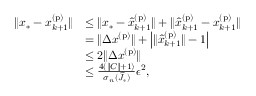
\begin{array} { r l } { \| x _ { * } - x _ { k + 1 } ^ { \mathrm { ( p ) } } \| } & { \leq \| x _ { * } - \widehat { x } _ { k + 1 } ^ { \mathrm { ( p ) } } \| + \| \widehat { x } _ { k + 1 } ^ { \mathrm { ( p ) } } - x _ { k + 1 } ^ { \mathrm { ( p ) } } \| } \\ & { = \| \Delta x ^ { \mathrm { ( p ) } } \| + \left| \| \widehat { x } _ { k + 1 } ^ { \mathrm { ( p ) } } \| - 1 \right| } \\ & { \leq 2 \| \Delta x ^ { \mathrm { ( p ) } } \| } \\ & { \leq \frac { 4 ( \| C \| + 1 ) } { \sigma _ { n } ( \widehat { J } _ { * } ) } \epsilon ^ { 2 } , } \end{array}